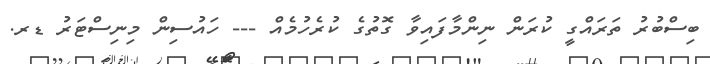
ބިސްބުރު ތަރައްގީ ކުރަން ނިންމާފައިވާ ގޮތުގެ ކުރެހުމެއް --- ހައުސިން މިނިސްޓަރު ޑރ.